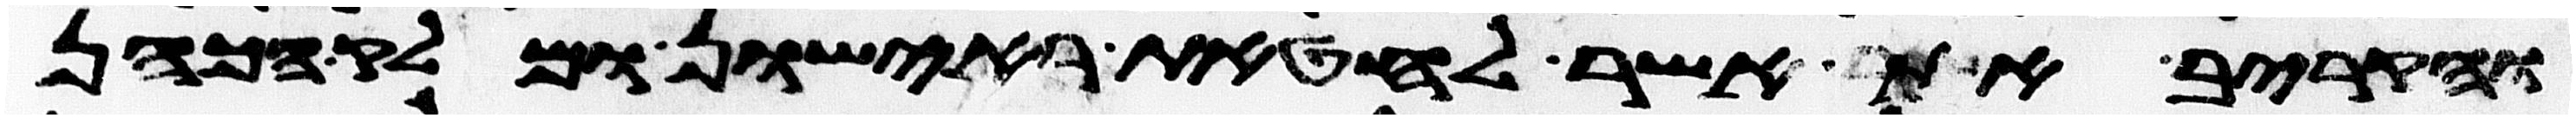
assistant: והקריב את אשר לחטאת ראישון ומלק הכהן